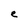
Character: e